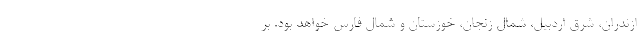
ازندران، شرق اردبیل، شمال زنجان، خوزستان و شمال فارس خواهد بود. بر